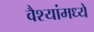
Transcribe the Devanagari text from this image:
वैश्यांमध्ये